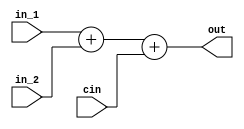
module signed_adder
#(parameter WIDTH=16)
(
 input signed [2*WIDTH+5:0] in_1,
 input signed [2*WIDTH+5:0] in_2,
 input cin,
 output signed[2*WIDTH+5:0] out
);

 assign out = in_1 + in_2 + cin;

endmodule